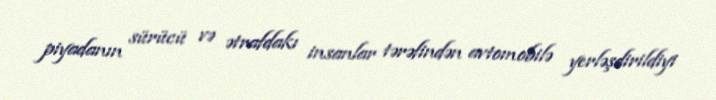
piyadanın sürücü və ətrafdakı insanlar tərəfindən avtomobilə yerləşdirildiyi